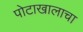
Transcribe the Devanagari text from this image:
पोटाखालाचा